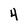
Character: 4